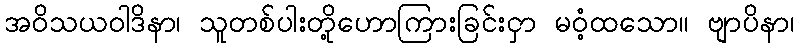
အဝိသယဝါဒိနာ၊ သူတစ်ပါးတို့ဟောကြားခြင်းငှာ မဝံ့ထသော။ ဗျာပိနာ၊